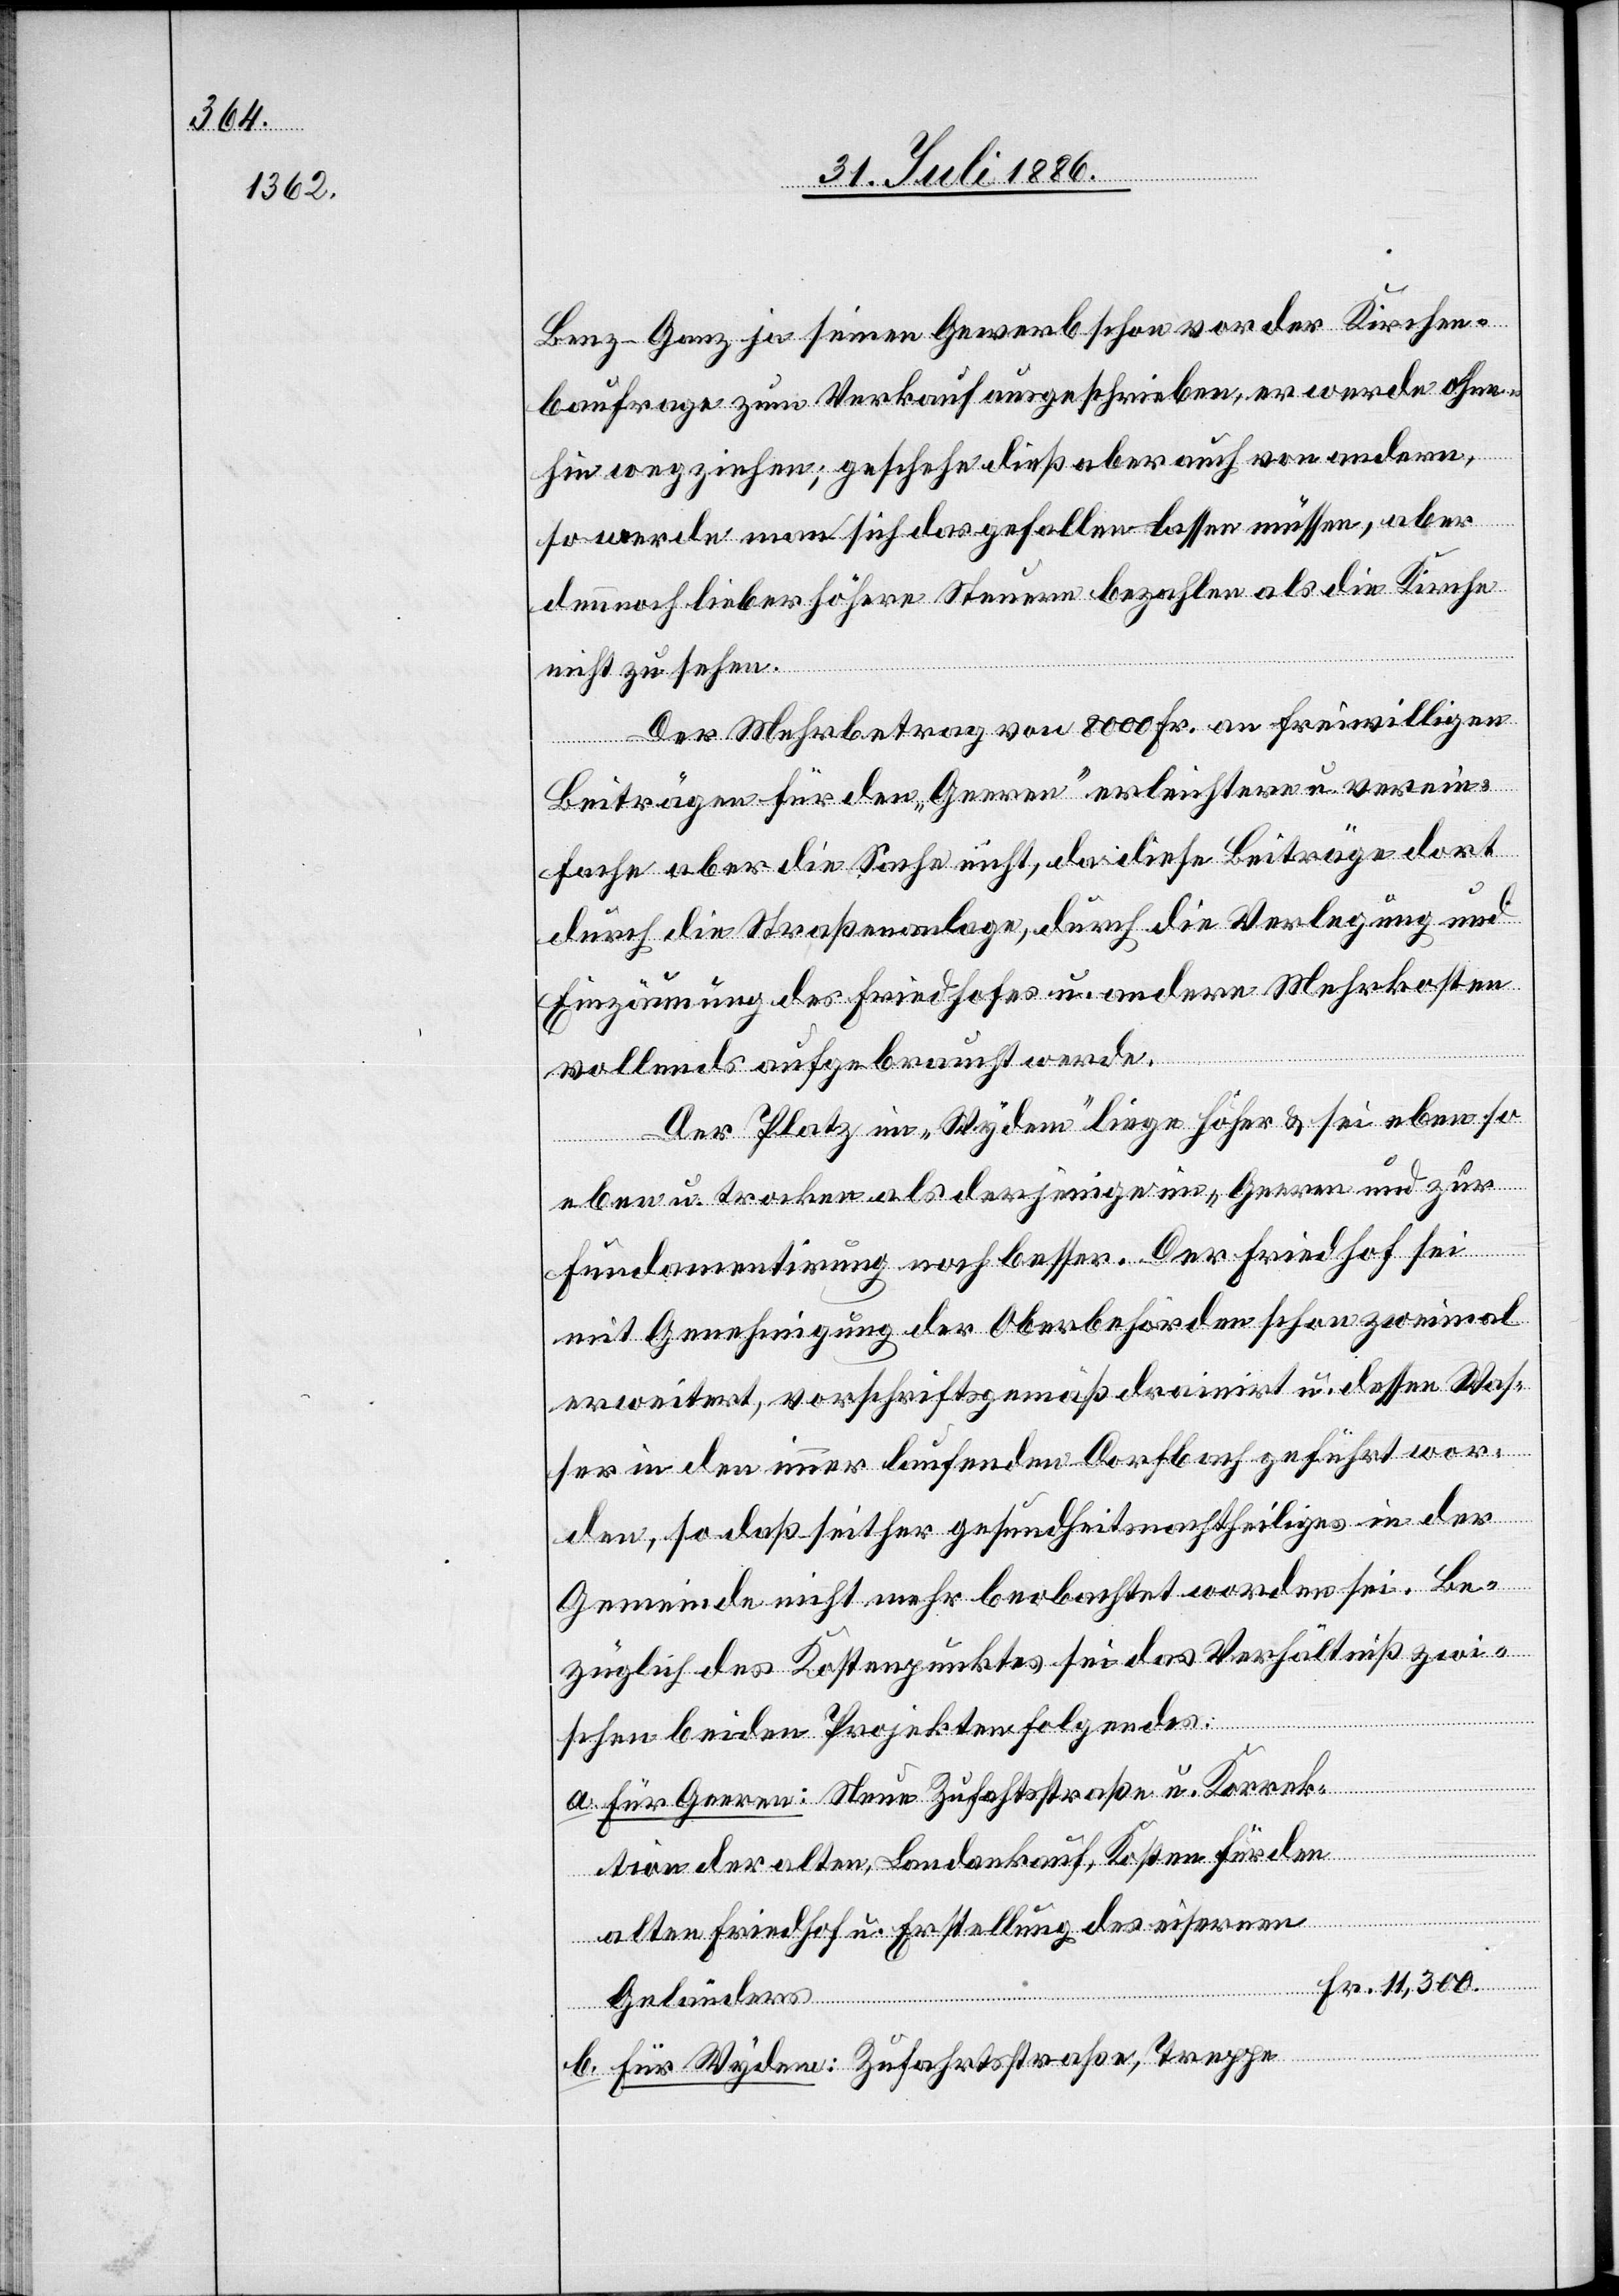
Benz-Ganz ja seinen Gewerb schon vor der Kirchen¬
baufrage zum Verkauf ausgeschrieben, er werde ohne¬
der
hin wegziehen; geschehe dieß aber auch von andern,
so werde man sich das gefallen lassen müssen, aber
dennoch lieber höhere Steuern bezahlen als die Kirche
nicht zu sehen.
Der Mehrbetrag von 8000 Fr. an freiwilligen
Beiträgen für den „Geeren“ erleichtere u. verein¬
fache aber die Sache nicht, da diese Beiträge dort
durch die Straßenanlage, durch die Verlegung und
Einzäunung des Friedhofes u. andere Mehrkosten
vollends aufgebraucht werde[n].
Der Platz im „Wydem“ liege höher & sei eben so
eben u. trocken als derjenige im „Geeren“ und zur
heiliges]
Fundamentirung noch besser. Der Friedhof sei
mit Genehmigung der Oberbehörden schon zweimal
erweitert, vorschriftsgemäß drainirt u. dessen Was¬
ser in den immer laufenden Dorfbach geführt wor¬
den, so daß seither gesundheitsnachtheiliges [r¬
Gemeinde nicht mehr beobachtet worden sei. Be¬
züglich des Kostenpunktes sei das Verhältniß zwi¬
in
schen beiden Projekten folgendes:
Für Geeren: Neue Zufahrtsstraße u. Korrek¬
tsnacht¬
tion der alten, Landankauf, Kosten für den
alten Friedhof u. Erstellung des eisernen
Geländers
b.
Für Wydem: Zufahrtsstraße, Treppe